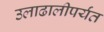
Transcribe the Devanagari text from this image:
उलाढालीपर्यंत